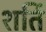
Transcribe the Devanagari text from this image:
शर्ति